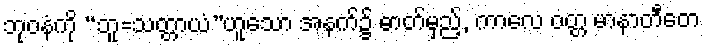
ဘုဝနံကို “ဘူ=သတ္တာယံ”ဟူသော အနက်၌ ဓာတ်မှည့်, ကာလေ ဝတ္တ မာနာတီတေ